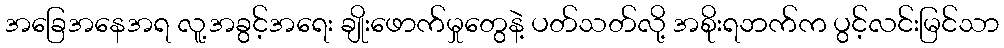
အခြေအနေအရ လူ့အခွင့်အရေး ချိုးဖောက်မှုတွေနဲ့ ပတ်သတ်လို့ အစိုးရဘက်က ပွင့်လင်းမြင်သာ